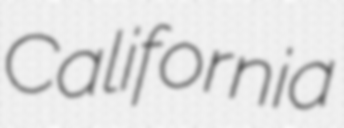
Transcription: California